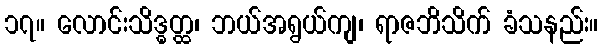
၁၇။ လောင်းသိဒ္ဓတ္ထ၊ ဘယ်အရွယ်ကျ၊ ရာဇဘိသိက် ခံသနည်း။